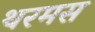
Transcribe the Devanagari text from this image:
थरमस